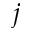
j